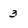
Character: 3